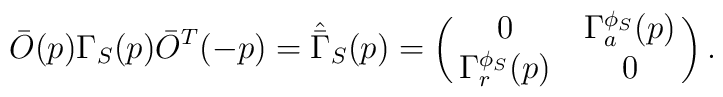
\bar{O}(p)\Gamma_S(p)\bar{O}^T(-p)=\hat{\bar{\Gamma}}_S(p)=\left(\matrix{                             0 & \Gamma_a^{\phi_S}(p) \cr                    \Gamma_r^{\phi_S}(p) & 0  \cr}\right).